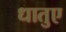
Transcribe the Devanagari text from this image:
धातुए